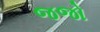
જજો